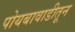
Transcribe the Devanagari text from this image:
पोयबावाडीतून